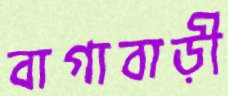
বাগাবাড়ী